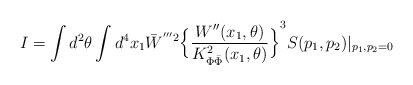
\begin{align*}I=\int d^2\theta \int d^4 x_1 {\bar{W}}^{'''2}{\Big\{\frac{W''(x_1,\theta)}{K_{\Phi\bar{\Phi}}^2(x_1,\theta)}\Big\}}^3S(p_1,p_2)|_{p_1,p_2=0}\end{align*}